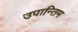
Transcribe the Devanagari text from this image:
उपान्तिम